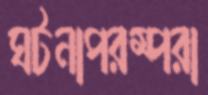
ঘটনাপরম্পরা